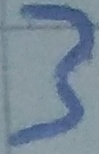
Text: 3